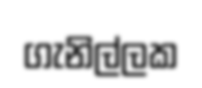
ගැනිල්ලක